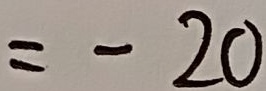
= - 2 0